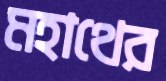
মহাথের